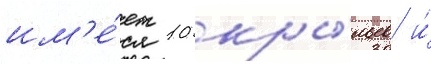
им'е́ет 10 кры́льев и́